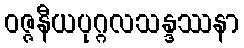
ဝဇ္ဇနီယပုဂ္ဂလသန္ဒဿနာ